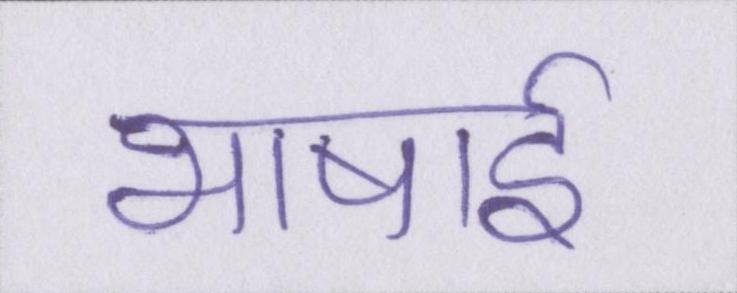
भाषाई